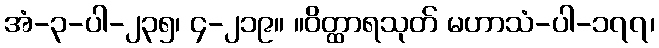
အံ-၃-ပါ-၂၃၅၊ ၄-၂၁၉။ ။ဝိတ္ထာရသုတ် မဟာသံ-ပါ-၁၇၇၊